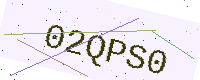
Text: 02QPS0